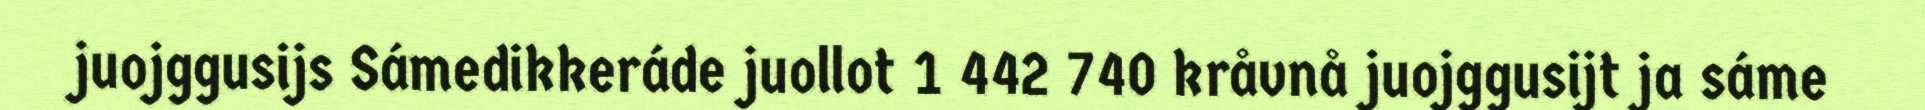
juojggusijs Sámedikkeráde juollot 1 442 740 kråvnå juojggusijt ja sáme